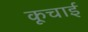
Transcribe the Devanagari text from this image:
कूचाई